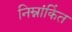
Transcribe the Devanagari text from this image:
निम्नांकिंत